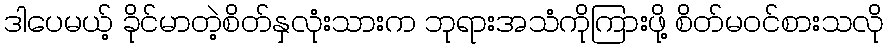
ဒါပေမယ့် ခိုင်မာတဲ့စိတ်နှလုံးသားက ဘုရားအသံကိုကြားဖို့ စိတ်မဝင်စားသလို